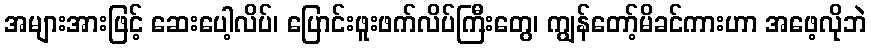
အများအားဖြင့် ဆေးပေါ့လိပ်၊ ပြောင်းဖူးဖက်လိပ်ကြီးတွေ၊ ကျွန်တော့်မိခင်ကားဟာ အဖေ့လိုဘဲ